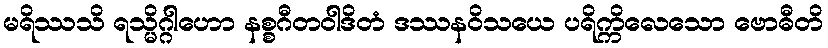
မရိဿသိ ရသ္မိဂ္ဂါဟော နစ္စဂီတဝါဒိတံ ဒဿနဝိသယေ ပရိက္ကိလေသော ဗောဓီတိ